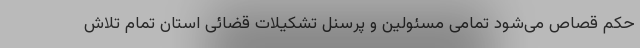
حکم قصاص می‌شود تمامی مسئولین و پرسنل تشکیلات قضائی استان تمام تلاش